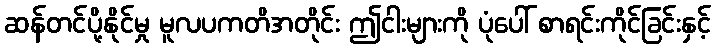
ဆန်တင်ပို့နိုင်မှု မူလပကတိအတိုင်း ဤငါးများကို ပုံပေါ် စာရင်းကိုင်ခြင်းနှင့်